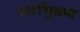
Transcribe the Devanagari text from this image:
सर्वानुक्रम